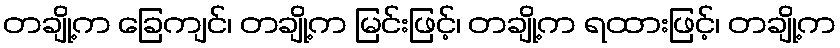
တချို့က ခြေကျင်၊ တချို့က မြင်းဖြင့်၊ တချို့က ရထားဖြင့်၊ တချို့က